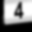
Digit: 4